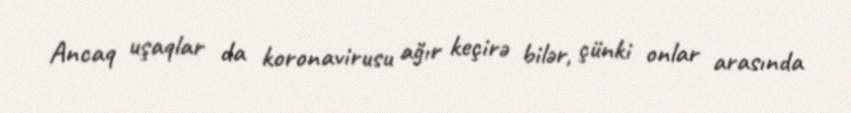
Ancaq uşaqlar da koronavirusu ağır keçirə bilər, çünki onlar arasında